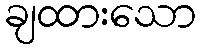
ချထားသော